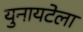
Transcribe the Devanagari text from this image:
युनायटेला